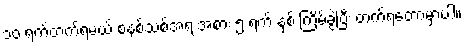
၁၀ ရက်တက်ရမယ့် စနစ်သစ်အရ အစား ၅ ရက် နှစ် ကြိမ်ခွဲပြီး တက်ရတော့မှာပါ။